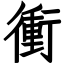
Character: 衝